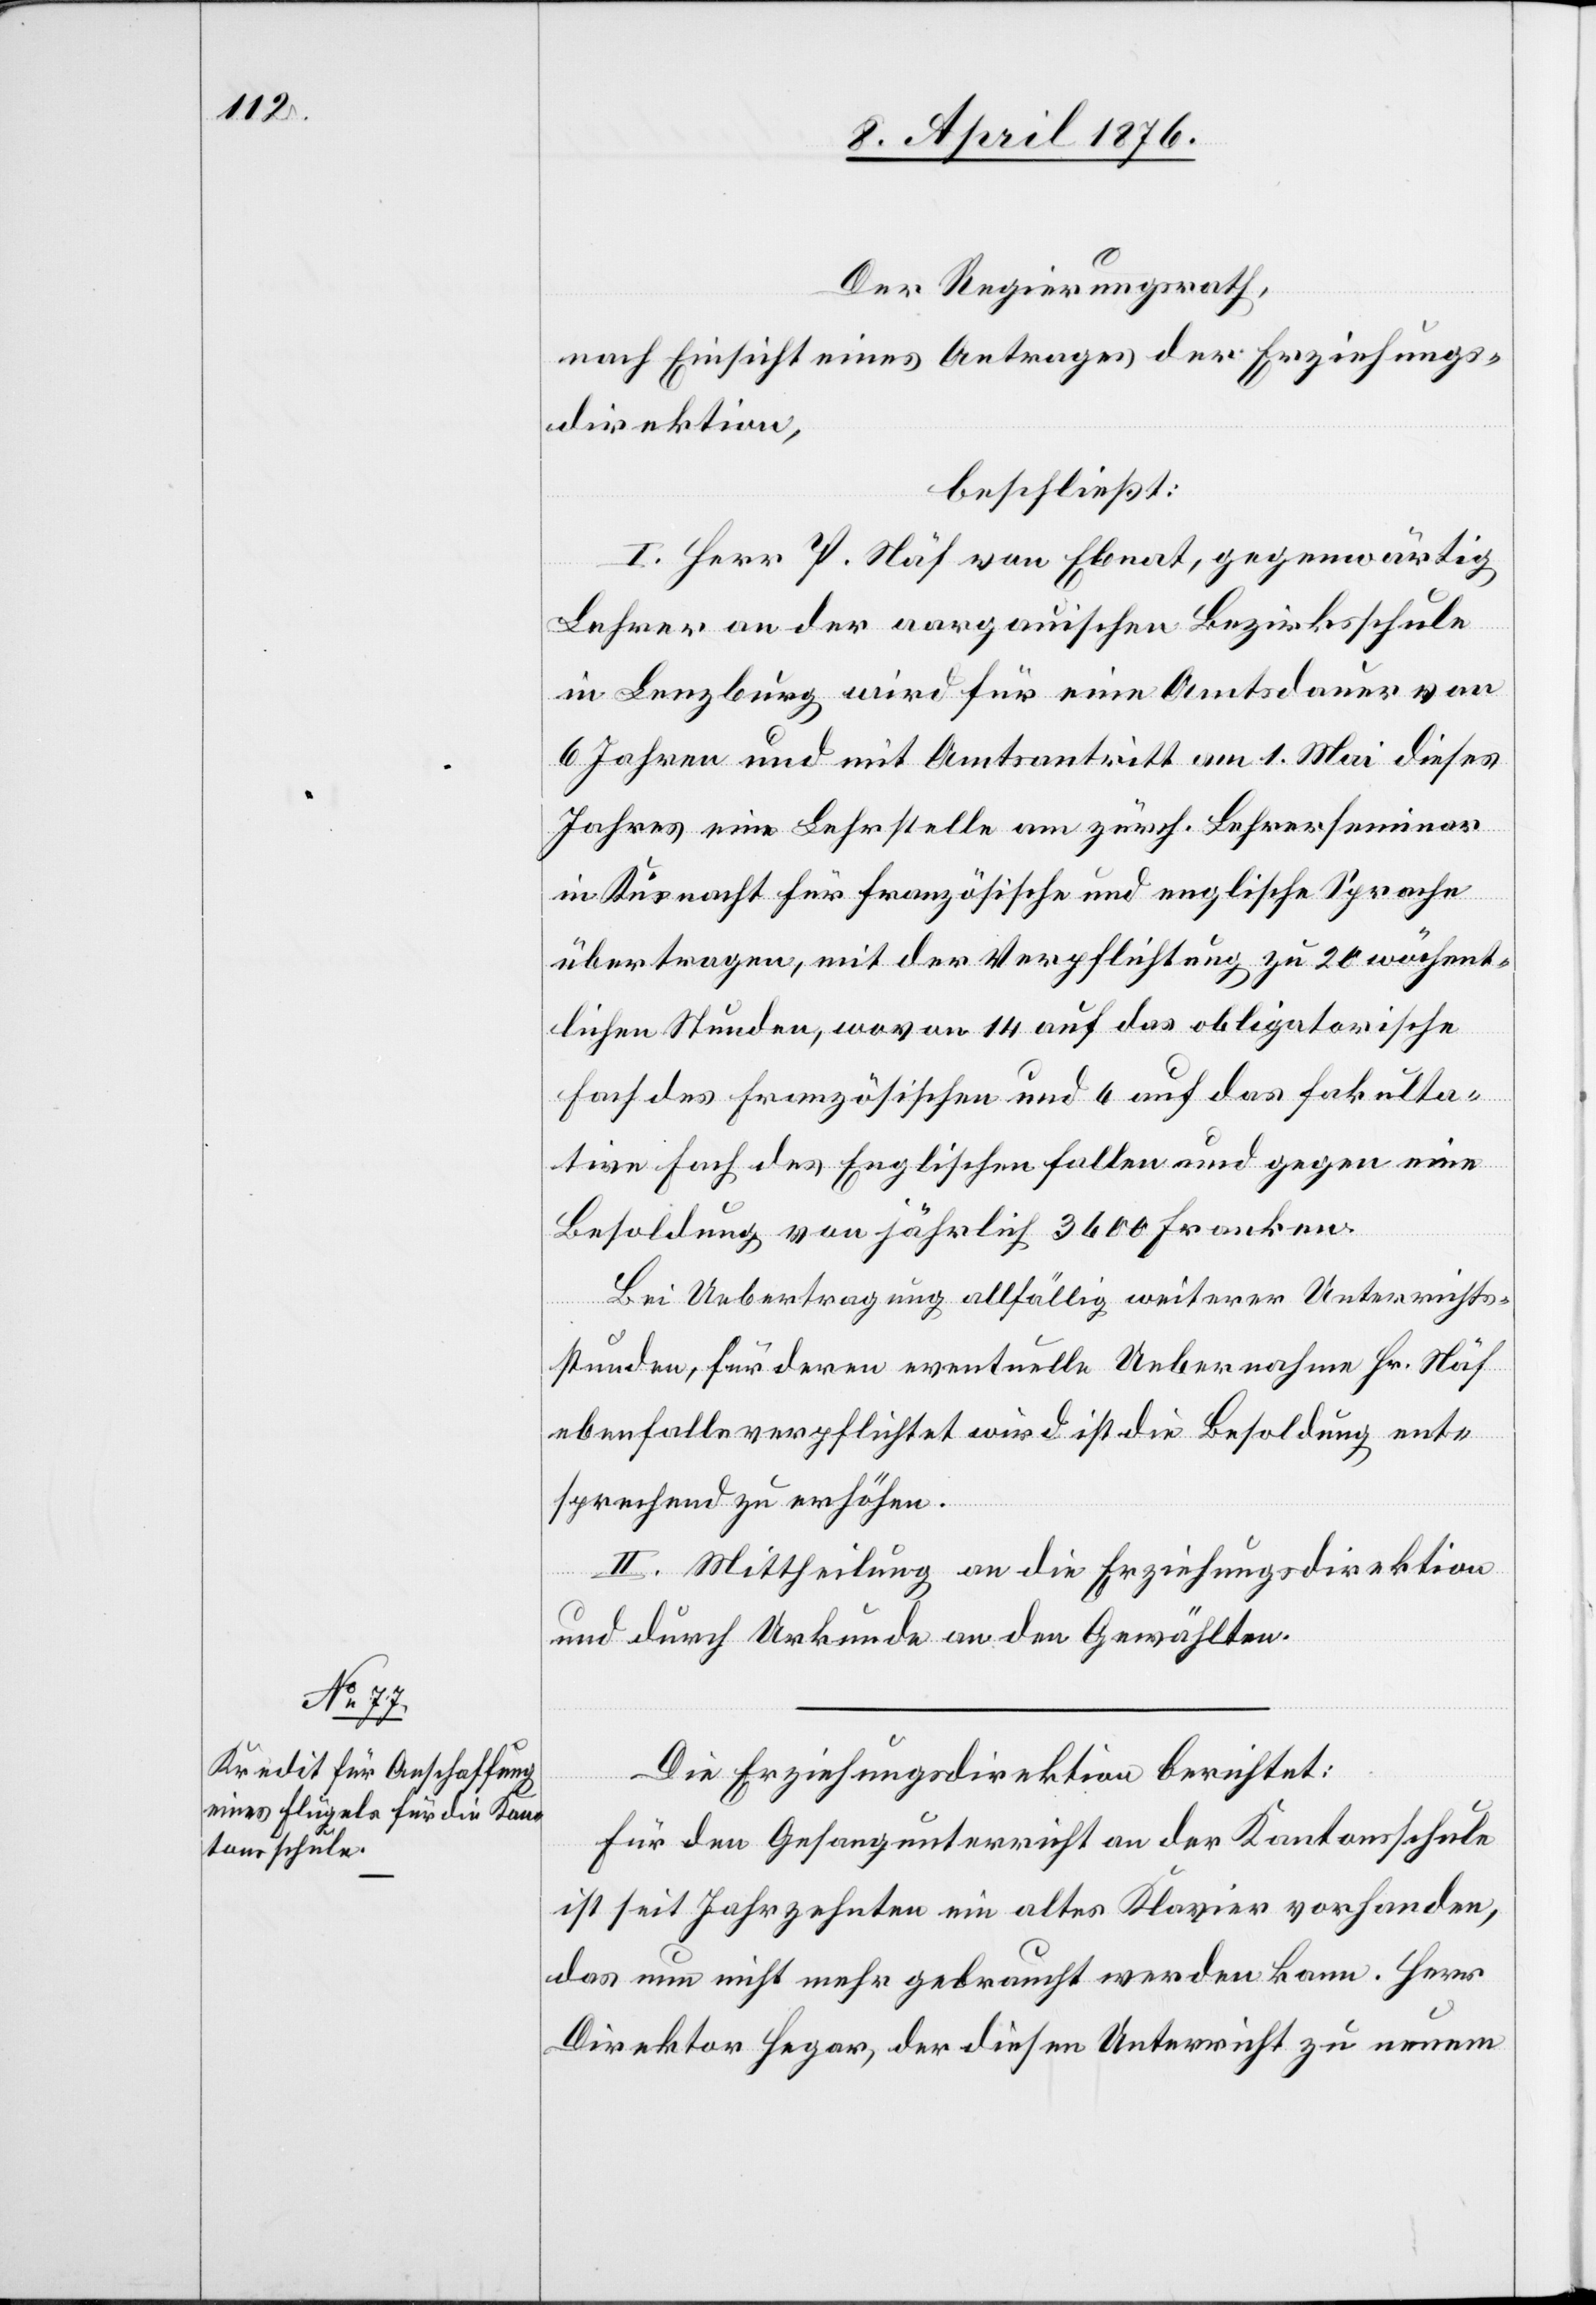
Der Regierungsrath,
nach Einsicht eines Antrages der Erziehungs¬
direktion,
beschließt:
I. Herr P. Näf von Ebnat, gegenwärtig
Lehrer an der aargauischen Bezirksschule
in Lenzburg wird für eine Amtsdauer von
6 Jahren und mit Amtsantritt am 1. Mai dieses
Jahres eine Lehrstelle am zürch. Lehrerseminar
in Küsnacht für französische und englische Sprache
übertragen, mit der Verpflichtung zu 20 wöchent¬
lichen Stunden, wovon 14 auf das obligatorische
Fach des Französischen und 6 auf das fakulta¬
tive Fach des Englischen fallen und gegen eine
Besoldung von jährlich 3600 Franken.
Bei Uebertragung allfällig weiterer Unterrichts¬
stunden, für deren eventuelle Uebernahme Hr. Näf
ebenfalls verpflichtet wird ist die Besoldung ent¬
sprechen zu erhöhen.
II. Mittheilung an die Erziehungsdirektion
und durch Urkunde an den Gewählten.
Die Erziehungsdirektion berichtet:
Für den Gesangsunterricht an der Kantonsschule
ist seit Jahrzehnten ein altes Klavier vorhanden,
das nun nicht mehr gebraucht werden kann. Herr
Direktor Hegar, der diesen Unterricht zu neuem